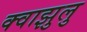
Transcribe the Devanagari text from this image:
क्वाझुलु